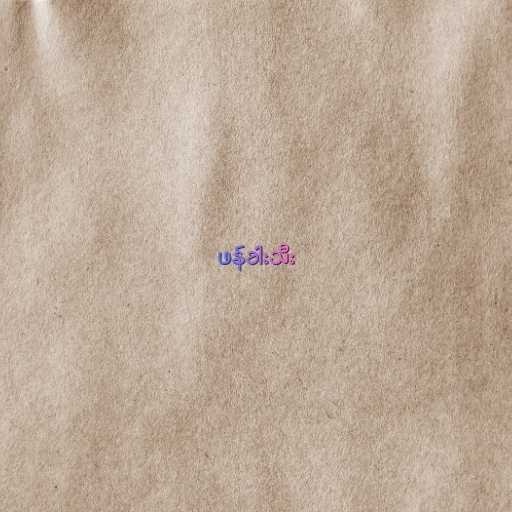
ဖန်ခါးသီး